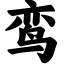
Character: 鸾